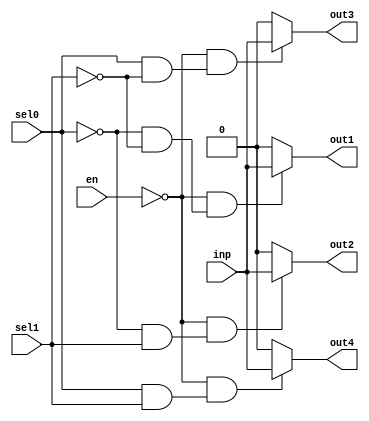
`timescale 1ns / 1ps
//////////////////////////////////////////////////////////////////////////////////
// Company: 
// Engineer: 
// 
// Design Name: 
// Module Name: demux1x4
// Project Name: 
// Target Devices: 
// Tool Versions: 
// Description: 
// 
// Dependencies: 
// 
// Revision:
// Revision 0.01 - File Created
// Additional Comments:
// 
//////////////////////////////////////////////////////////////////////////////////


module demux1x4(output out1,out2,out3,out4,input en,sel0,sel1,input inp);
assign out1 = (~en & (~sel0 & ~ sel1))?inp:1'b0;
assign out2 = (~en & (~sel0 &  sel1))?inp:1'b0;
assign out3 = (~en & (sel0 & ~ sel1))?inp:1'b0;
assign out4 = (~en & (sel0 & sel1))?inp:1'b0;
endmodule